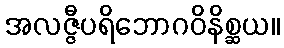
အလဇ္ဇီပရိဘောဂဝိနိစ္ဆယ။